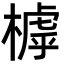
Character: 㯉